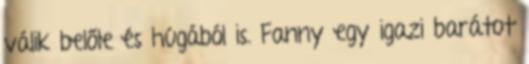
válik belőle és húgából is. Fanny egy igazi barátot